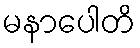
မနာပေါတိ